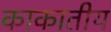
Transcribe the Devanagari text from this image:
काकातीय